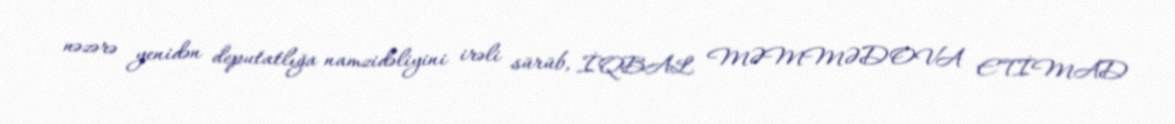
nəzərə yenidən deputatlığa namzidəliyini irəli sürüb, İQBAL MƏMMƏDOVA ETİMAD